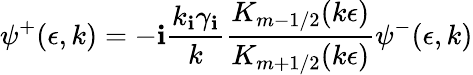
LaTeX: \psi^{+}(\epsilon,k)=-\mathbf{i}\frac{{k_{\mathbf{i}}\gamma_{\mathbf{i}}}}{{k}}\frac{{K_{m-1/2}(k\epsilon)}}{{K_{m+1/2}(k\epsilon)}}\psi^{-}(\epsilon,k)